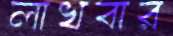
লাখবার